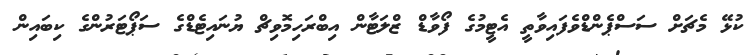
ކުޅޭ މެޗަށް ސަސްޕެންޑްވެފައިވާތީ އެޓީމުގެ ފޯވާޑް ޒްލަޓާން އިބްރަހިމޮވިޗް ޔުނައިޓެޑްގެ ސަޕޯޓަރުންގެ ކިބައިން